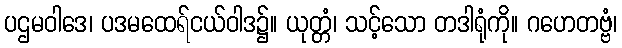
ပဌမဝါဒေ၊ ပဒမထေရ်ငယ်ဝါဒ၌။ ယုတ္တံ၊ သင့်သော တဒါရုံကို။ ဂဟေတဗ္ဗံ၊